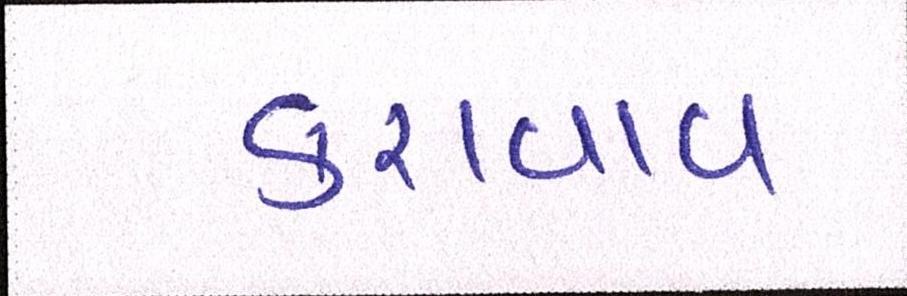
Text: કરાવાવ